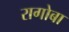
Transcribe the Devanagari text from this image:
रागोबा